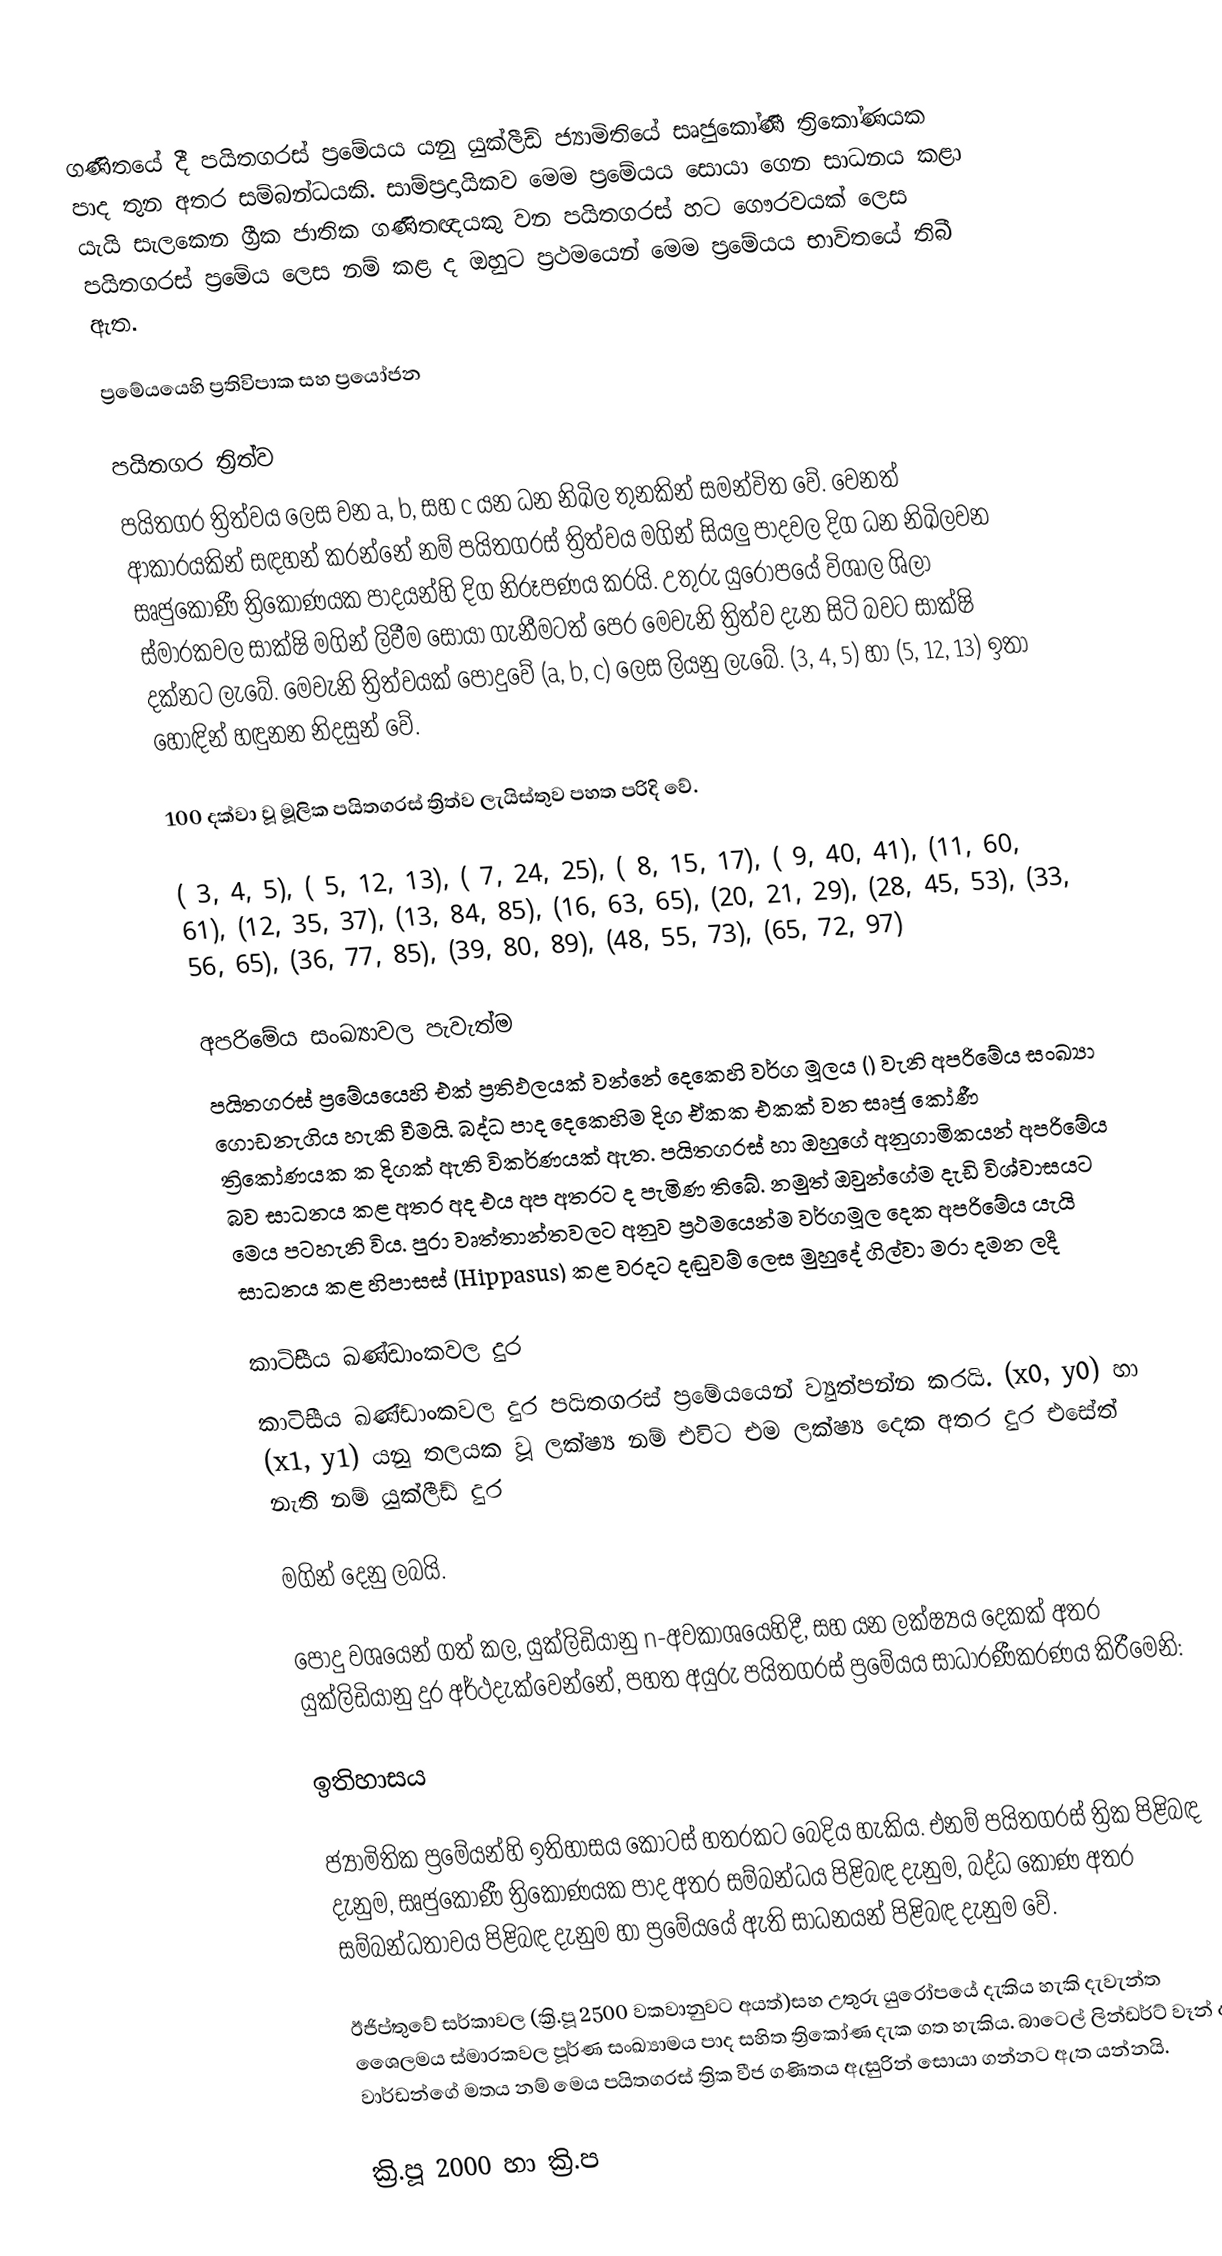
ගණිතයේ දී පයිතගරස් ප්‍රමේයය යනු යුක්ලීඩ් ජ්‍යාමිතියේ සෘජුකෝණී ත්‍රිකෝණයක පාද තුන අතර සම්බන්ධයකි. සාම්ප්‍රදායිකව මෙම ප්‍රමේයය සොයා ගෙන සාධනය කළා යැයි සැලකෙන ග්‍රීක ජාතික ගණිතඥයකු වන පයිතගරස් හට ගෞරවයක් ලෙස පයිතගරස් ප්‍රමේය ලෙස නම් කළ ද ඔහුට ප්‍රථමයෙන් මෙම ප්‍ර‍මේයය භාවිතයේ තිබී ඇත.

ප්‍රමේයයෙහි ප්‍රතිවිපාක සහ ප්‍රයෝජන

පයිතගර ත්‍රිත්ව
පයිතගර ත්‍රිත්වය  ලෙස වන a, b, සහ c යන ධන නිඛිල තුනකින් සමන්විත වේ. වෙනත් ආකාරයකින් සඳහන් කරන්නේ නම් පයිතගරස් ත්‍රිත්වය මගින් සියලු පාදවල දිග ධන නිඛිලවන සෘජුකෝණී ත්‍රිකෝණයක පාදයන්හි දිග නිරූපණය කරයි. උතුරු යුරෝපයේ විශාල ශිලා ස්මාරකවල සාක්ෂි මගින් ලිවීම සොයා ගැනීමටත් පෙර මෙවැනි ත්‍රිත්ව දැන සිටි බවට සාක්ෂි දක්නට ලැබේ. මෙවැනි ත්‍රිත්වයක් පොදුවේ (a, b, c) ලෙස ලියනු ලැබේ. (3, 4, 5) හා (5, 12, 13) ඉතා හොඳින් හඳුනන නිදසුන් වේ.

100 දක්වා  වූ මූලික පයිතගරස් ත්‍රිත්ව ලැයිස්තු‍ව පහත පරිදි වේ.

( 3, 4, 5), ( 5, 12, 13), ( 7, 24, 25), ( 8, 15, 17), ( 9, 40, 41), (11, 60, 61), (12, 35, 37), (13, 84, 85), (16, 63, 65), (20, 21, 29), (28, 45, 53), (33, 56, 65), (36, 77, 85), (39, 80, 89), (48, 55, 73), (65, 72, 97)

අපරිමේය සංඛ්‍යාවල පැවැත්ම
පයිතගරස් ප්‍රමේයයෙහි එක් ප්‍රතිඵලයක් වන්නේ දෙකෙහි වර්ග මූලය () වැනි අපරිමේය සංඛ්‍යා ගොඩනැගිය හැකි වීමයි. බද්ධ පාද දෙකෙහිම දිග ඒකක එකක් වන සෘජු කෝණී ත්‍රිකෝණයක  ක දිගක් ඇති විකර්ණයක් ඇත. පයිතගරස් හා ඔහුගේ අනුගාමිකයන්  අපරිමේය බව සාධනය කළ අතර අද එය අප අතරට ද පැමිණ‍ තිබේ. නමුත් ඔවුන්ගේම දැඩි විශ්වාසයට මෙය පටහැනි විය. පුරා වෘත්තාන්තවලට අනුව ප්‍රථමයෙන්ම වර්ගමූල දෙක අපරිමේය යැයි සාධනය කළ හිපාසස් (Hippasus) කළ වරදට දඬුවම් ලෙස මුහුදේ ගිල්වා මරා දමන ලදී

කාටිසීය ඛණ්ඩාංකවල දුර
කාටිසීය ඛණ්ඩාංකවල දුර පයිතගරස් ප්‍රමේයයෙන් ව්‍යුත්පන්න කරයි. (x0, y0) හා (x1, y1) යනු තලයක වූ ලක්ෂ්‍ය නම් එවිට එම ලක්ෂ්‍ය දෙක අතර දුර එසේත් නැති නම් යුක්ලීඩ් දුර

 මගින් දෙනු ලබයි.

පොදු වශයෙන් ගත් කල, යුක්ලිඩියානු n-අවකාශයෙහිදී,   සහ  යන ලක්ෂ්‍යය දෙකක් අතර යුක්ලිඩියානු දුර අර්ථදැක්වෙන්නේ, පහත අයුරු පයිතගරස් ප්‍රමේයය සාධාරණීකරණය කිරීමෙනි:

ඉතිහාසය

ජ්‍යාමිතික ප්‍රමේයන්හි ඉතිහාසය කොටස් හතරකට බෙදිය හැකිය. එනම් පයිතගරස් ත්‍රික පිළිබඳ දැනුම, සෘජුකෝණී ත්‍රිකෝණයක පාද අතර සම්බන්ධය පිළිබඳ දැනුම, බද්ධ කෝණ අතර සම්බන්ධතාවය පිළිබඳ දැනුම හා ප්‍රමේයයේ ඇති සාධනයන් පිළිබඳ දැනුම වේ.

ඊජිප්තුවේ සර්කාවල (ක්‍රි.පූ 2500 වකවානුවට අයත්)සහ උතුරු යුරෝපයේ දැකිය හැකි දැවැන්ත ශෛලමය ස්මාරකවල පූර්ණ සංඛ්‍යාමය පාද සහිත ත්‍රිකෝණ දැක ගත හැකිය. බාටෙල් ලින්ඩර්ට් වෑන් ද වාර්ඩන්ගේ මතය නම් මෙය පයිතගරස් ත්‍රික වීජ ගණිතය ඇසුරින් සොයා ගන්නට ඇත යන්නයි.

ක්‍රි.පූ 2000 හා ක්‍රි.ප